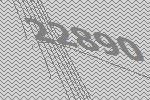
22890